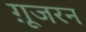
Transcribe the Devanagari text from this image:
ग़ूजरन